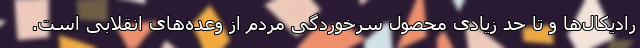
رادیکال‌ها و تا حد زیادی محصول سرخوردگی مردم از وعده‌های انقلابی است.